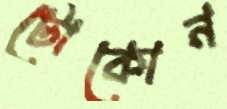
টোকোন